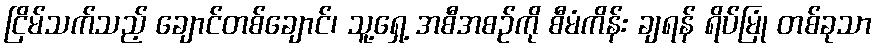
ငြိမ်သက်သည့် ချောင်တစ်ချောင်၊ သူ့ရှေ့ အစီအစဉ်ကို စီမံကိန်း ချရန် ရိပ်မြုံ တစ်ခုသာ